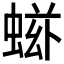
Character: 𧌷